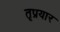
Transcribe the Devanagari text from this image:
तृप्रयार